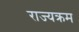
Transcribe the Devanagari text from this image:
राज्यक्रम